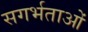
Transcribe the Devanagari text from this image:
सगर्भताओं